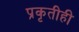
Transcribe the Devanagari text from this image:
प्रकृतीही